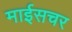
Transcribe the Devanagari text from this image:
माईसचर